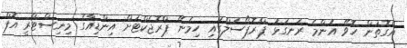
އެގޮތުން ހޮވޭ އެންމެ ރަނގަޅު ޕްރޮޕޯސަލްގައި ހިމެނޭ ޕްރޮޖެކްޓަށް އިންޑިއާގެ މިނިސްޓްރީ އޮފް